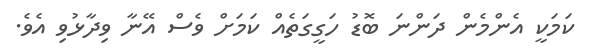
ކަމަކީ އެންމެން ދަންނަ ބޮޑު ހަގީގަތެއް ކަމަށް ވެސް އޭނާ ވިދާޅުވި އެވެ.